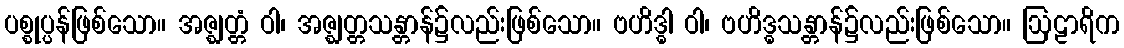
ပစ္စုပ္ပန်ဖြစ်သော။ အဇ္ဈတ္တံ ဝါ၊ အဇ္ဈတ္တသန္တာန်၌လည်းဖြစ်သော။ ဗဟိဒ္ဓါ ဝါ၊ ဗဟိဒ္ဓသန္တာန်၌လည်းဖြစ်သော။ ဩဠာရိက